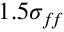
1 . 5 \sigma _ { f \! f }